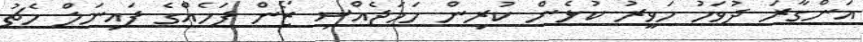
އަންގާރަ ދުވަހު ހަވީރު ކުޅެން ކުރިން ހަމަޖެއްސި ޒޯން ފަހެއްގެ ފައިނަލް މެޗު